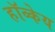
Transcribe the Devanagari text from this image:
हॉव्केय